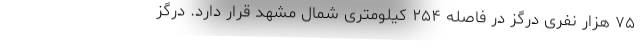
۷۵ هزار نفری درگز در فاصله ۲۵۴ کیلومتری شمال مشهد قرار دارد. درگز